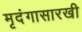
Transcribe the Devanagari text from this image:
मृदंगासारखी